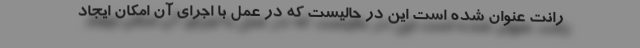
رانت عنوان شده است این در حالیست که در عمل با اجرای آن امکان ایجاد